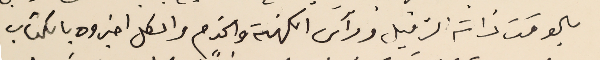
بالوقت ذاته الزميل ورآس الكهنة والخدم والكل اخبروه بالكتاب